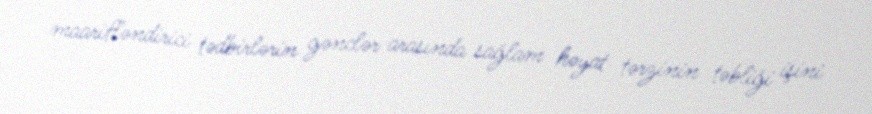
maarifləndirici tədbirlərin gənclər arasında sağlam həyat tərzinin təbliği işini